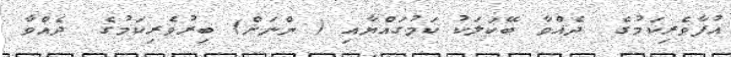
އުފާވެރިކަމުގެ  ދެއްވާ ބޭކަލަކު ކަމުގައްޔާއި ( ންނަށް) ބިރުވެރިކަމުގެ  ދެއްވާ